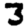
Digit: 3